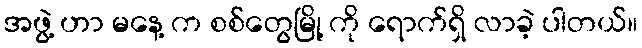
အဖွဲ့ ဟာ မနေ့ က စစ်တွေမြို့ ကို ရောက်ရှိ လာခဲ့ ပါတယ်။